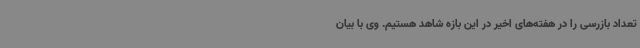
تعداد بازرسی را در هفته‌های اخیر در این بازه شاهد هستیم. وی با بیان